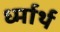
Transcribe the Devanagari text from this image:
र्ध्मार्थ